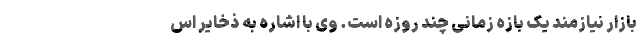
بازار نیازمند یک بازه زمانی چند روزه است. وی با اشاره به ذخایر اس